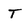
Character: T